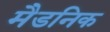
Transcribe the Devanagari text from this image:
मैडनिक